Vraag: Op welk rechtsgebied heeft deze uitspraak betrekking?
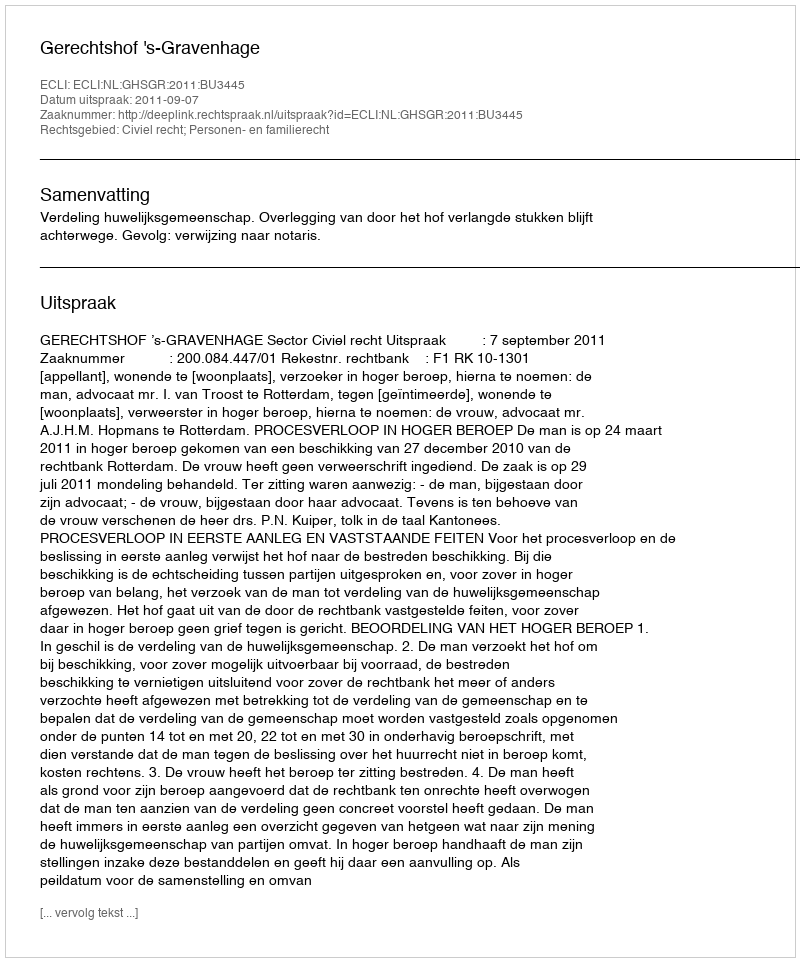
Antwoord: Civiel recht; Personen- en familierecht